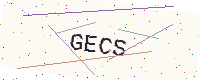
Text: GECS